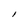
Character: l